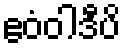
ဧဝံဝါဒီပိ